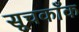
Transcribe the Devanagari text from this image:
सूचकाँक